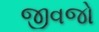
જીવજો